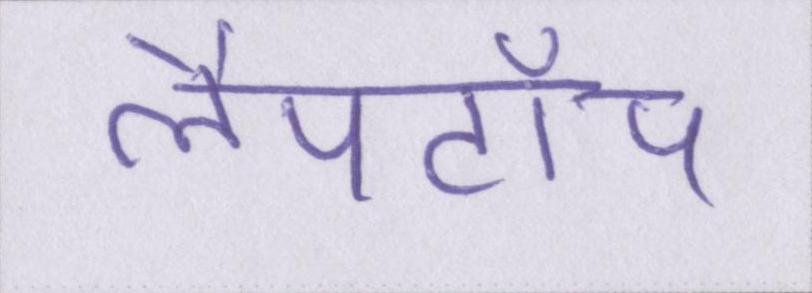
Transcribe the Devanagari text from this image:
लैपटॉप